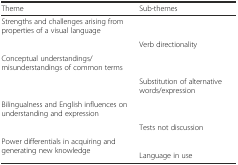
<table><thead><tr><td><b>Theme</b></td><td><b>Sub-themes</b></td></tr></thead><tbody><tr><td rowspan="2">Strengths and challenges arising from properties of a visual language</td><td>[EMPTY_CELL]</td></tr><tr><td>Verb directionality</td></tr><tr><td rowspan="2">Conceptual understandings/misunderstandings of common terms</td><td>[EMPTY_CELL]</td></tr><tr><td>Substitution of alternative words/expression</td></tr><tr><td rowspan="2">Bilingualness and English influences on understanding and expression</td><td>[EMPTY_CELL]</td></tr><tr><td>Tests not discussion</td></tr><tr><td rowspan="2">Power differentials in acquiring and generating new knowledge</td><td>[EMPTY_CELL]</td></tr><tr><td>Language in use</td></tr></tbody></table>